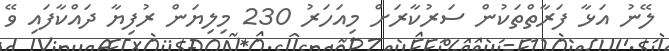
ލޭނު އަޅާ ފަރާތްތަކުން ސަރުކާރަށް މިއަހަރު 230 މިލިޔަން ރުފިޔާ ދައްކާފައި ވޭ